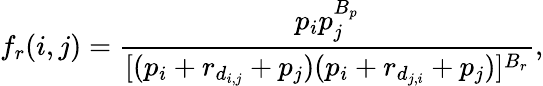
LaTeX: f_{r}(i,j)=\frac{p_{i}p_{j}^{B_{p}}}{[(p_{i}+r_{d_{i,j}}+p_{j})(p_{i}+r_{d_{j,i}}+p_{j})]^{B_{r}}},